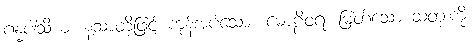
ဂန္ဓပါသိယံ၊ နံ့သာတို့ဖြင့် ကုန်အပ်သော။ မောဠိဝရံ၊ မြတ်သော ဆံတုံးကို။